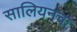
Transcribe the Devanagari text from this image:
सालियनचा